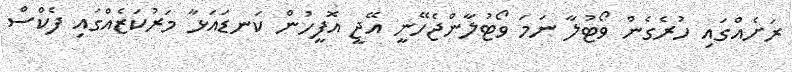
ރަށެއްގައި ހުރެގެން ވޯޓުލާ ނަމަ ވޯޓުލާންޖެހޭނީ އޭޖީ އޮފީހުން ކަނޑައަޅާ މަރުކަޒެއްގައި ފެކްސް